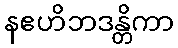
နဧဟိဘဒန္တိကာ